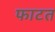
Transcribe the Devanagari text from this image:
फाटत